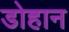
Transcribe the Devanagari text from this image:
डोहान